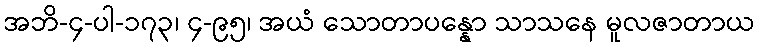
အဘိ-၄-ပါ-၁၇၃၊ ၄-၉၅၊ အယံ သောတာပန္နော သာသနေ မူလဇာတာယ